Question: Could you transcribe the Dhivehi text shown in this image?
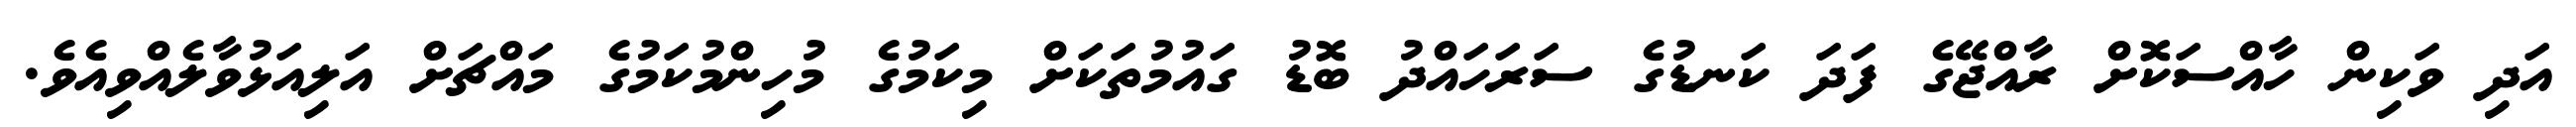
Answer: އަދި ވަކިން ހާއްސަކޮށް ރާއްޖޭގެ ފަދަ ކަނޑުގެ ސަރަހައްދު ބޮޑު ގައުމުތަކަށް މިކަމުގެ މުހިންމުކަމުގެ މައްޗަށް އަލިއަޅުވާލެއްވިއެވެ.